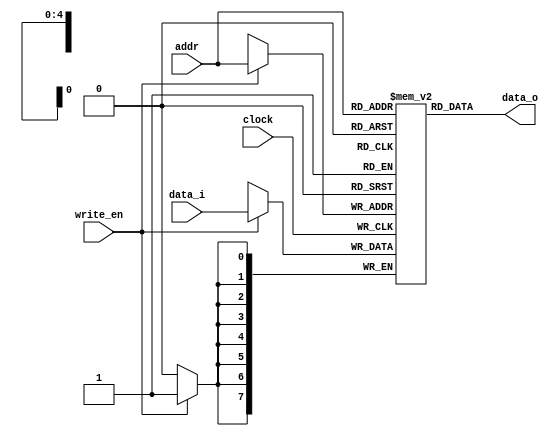

module generic_ram #(
	parameter WIDTH = 8,
	parameter DEPTH = 32,
    parameter DATAFILE = "",
    parameter READ_OLD = 1
)(
	input clock,
	input write_en,
    input [$clog2(DEPTH) - 1:0] addr,
	input [WIDTH - 1:0] data_i,
	output [WIDTH - 1:0] data_o
);
    reg [WIDTH - 1:0] words[DEPTH - 1:0];

    generate if (DATAFILE)
        initial begin
            $readmemh(DATAFILE, words);
        end
    else
        initial begin: init
            integer i;
            for (i = 0; i < DEPTH; i = i + 1)
                words[i] = 0;
        end
    endgenerate

    always @ (posedge clock) begin
		if (write_en)
            words[addr] <= data_i;
    end
    
    generate if (READ_OLD)
        assign data_o = words[addr];
    else
        assign data_o = write_en ? data_i : words[addr];
    endgenerate
endmodule

module generic_ram_dp #(
	parameter WIDTH = 8,
	parameter DEPTH = 32,
    parameter BURST = 1,
    parameter DATAFILE = "",
    parameter READ_OLD = 1
)(
	input clock,
	input write_en,
	input [$clog2(DEPTH) - 1:0] addr_w,
    input [$clog2(DEPTH) - 1:0] addr_r1,
    input [$clog2(DEPTH) - 1:0] addr_r2,
	input [WIDTH * BURST - 1:0] data_i,
	output [WIDTH * BURST - 1:0] data_o1,
    output [WIDTH * BURST - 1:0] data_o2
);
    reg [WIDTH - 1:0] words[DEPTH - 1:0];

    generate if (DATAFILE)
        initial begin
            $readmemh(DATAFILE, words);
        end
    else
        initial begin: init
            integer i;
            for (i = 0; i < DEPTH; i = i + 1)
                words[i] = 0;
        end
    endgenerate

    reg [WIDTH * BURST - 1:0] old_data1, old_data2;
    generate if (BURST > 1) begin
        integer i;
        always @ (posedge clock) if (write_en)
            for (i = 0; i < BURST; i = i + 1)
                words[addr_w + i] <= data_i[i * WIDTH +: WIDTH];

        always @(*) for (i = 0; i < BURST; i = i + 1) begin
            old_data1[i * WIDTH +: WIDTH] = words[addr_r1 + i];
            old_data2[i * WIDTH +: WIDTH] = words[addr_r2 + i];
        end
    end else begin
        always @ (posedge clock) if (write_en)
                words[addr_w] <= data_i;
        
        always @(*) begin
            old_data1 = words[addr_r1];
            old_data2 = words[addr_r2];
        end
    end endgenerate

    generate if (READ_OLD) begin
        assign data_o1 = old_data1;
        assign data_o2 = old_data2;
    end else begin
        assign data_o1 = (write_en && addr_w == addr_r1) ? data_i : old_data1;
        assign data_o2 = (write_en && addr_w == addr_r2) ? data_i : old_data2;
    end endgenerate
endmodule

module generic_rom #(
	parameter WIDTH = 8,
	parameter DEPTH = 32,
    parameter DATAFILE = ""
)(
    input [$clog2(DEPTH) - 1:0] addr_r,
	output [WIDTH - 1:0] data_o
);
    reg [WIDTH - 1:0] words[DEPTH - 1:0];

    generate if (DATAFILE)
        initial begin
            $readmemh(DATAFILE, words);
        end
    else
        initial begin: init
            integer i;
            for (i = 0; i < DEPTH; i = i + 1)
                words[i] = 0;
        end
    endgenerate

    assign data_o = words[addr_r];
endmodule